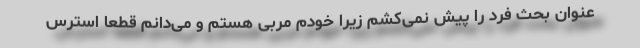
عنوان بحث فرد را پیش نمی‌کشم زیرا خودم مربی هستم و می‌دانم قطعا استرس